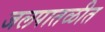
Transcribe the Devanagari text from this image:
जलपातळीत